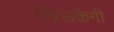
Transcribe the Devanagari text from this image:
खिसकेगी